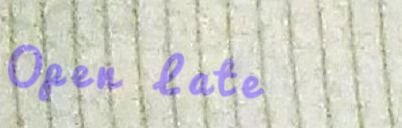
Open Late